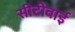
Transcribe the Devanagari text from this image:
सीटीवाई